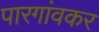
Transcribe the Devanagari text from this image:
पारगांवकर